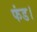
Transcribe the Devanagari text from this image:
फंड।